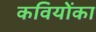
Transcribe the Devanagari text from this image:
कवियोंका